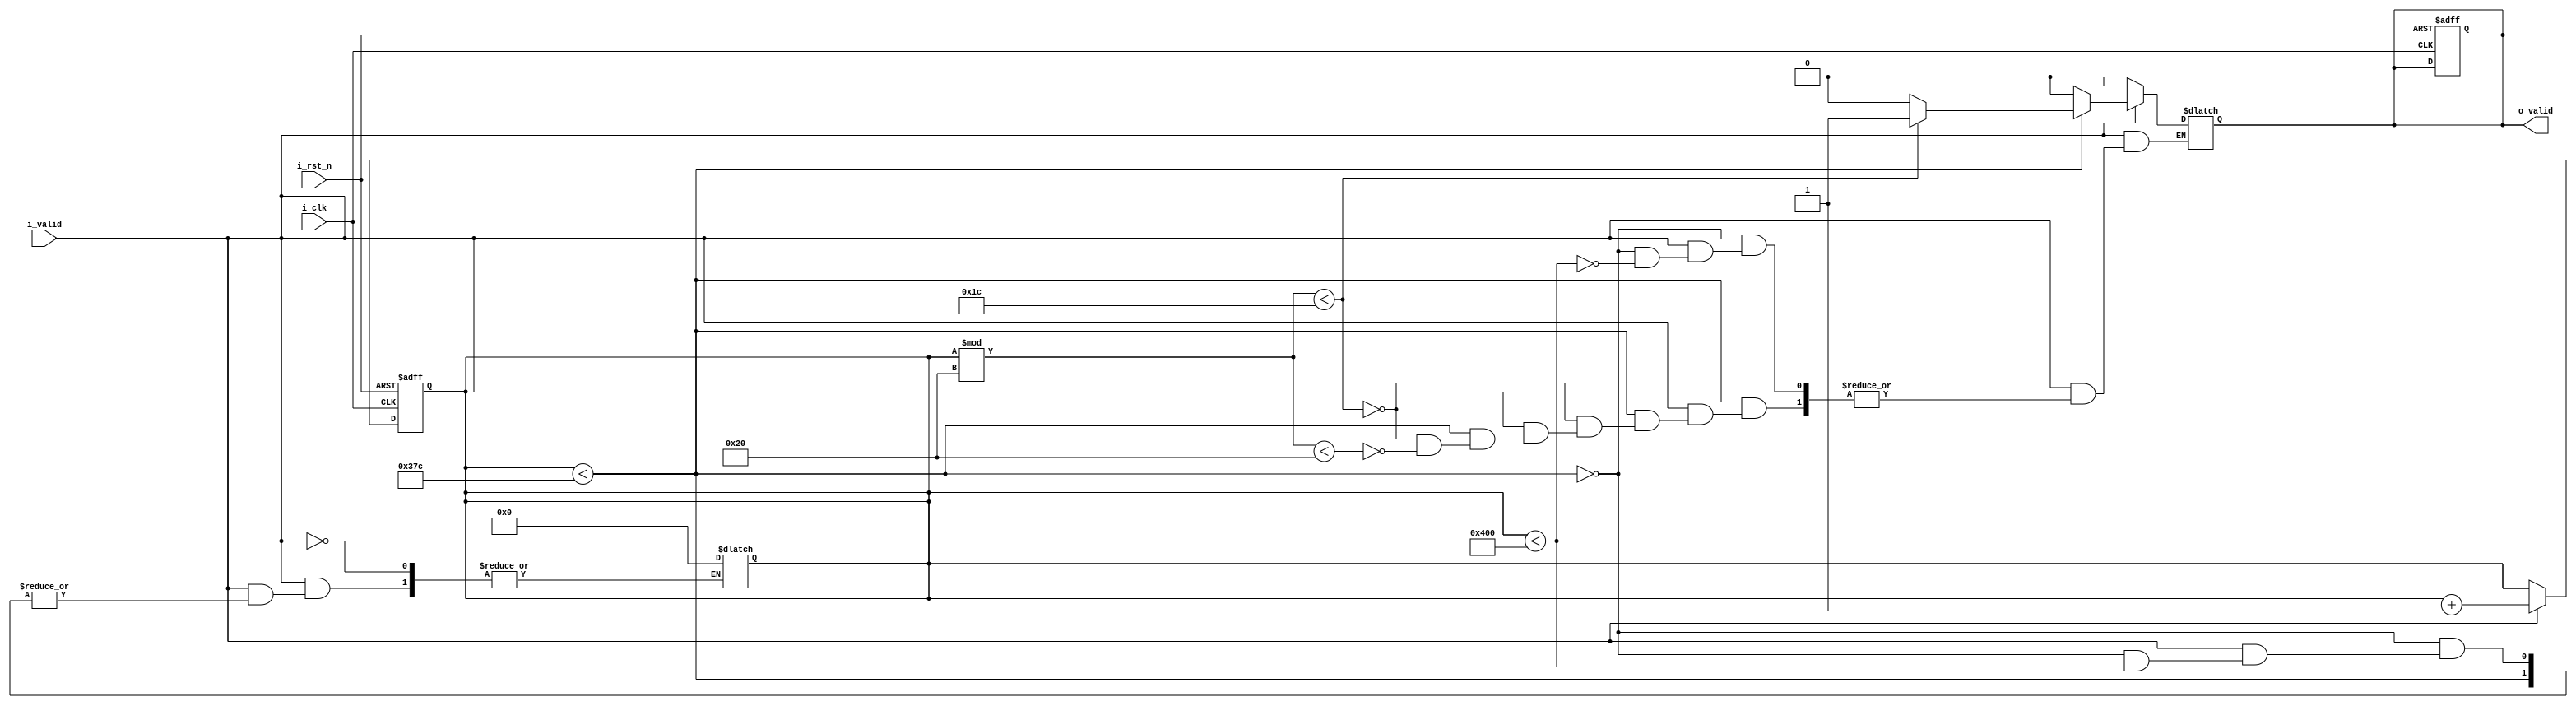
module control
//#(parameter  I_W=8)
(
	input i_clk, i_rst_n,
	input i_valid,
	output reg o_valid
	);



reg [9:0] count;


always @(posedge i_clk, negedge i_rst_n) begin 
if(!i_rst_n) begin  //stop reset
	o_valid<=0;
	count<=0;
 	end
else begin
	if(i_valid==1) begin
		count<=count+1;
		end
  	end
end

always @(*) begin
	if(i_valid) begin
		if(count<892) begin
			if((count%32)<28) begin
				o_valid=1;
				end
			else if((count%32)<32) begin
				o_valid=0;
				end
			end
		else if(count<1024)begin 
			o_valid=0;
			end
		else begin //count>=1024
			count=0; //initialization
			end
		end
	else begin
		o_valid=0;
		end
	end

endmodule